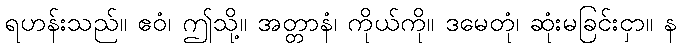
ရဟန်းသည်။ ဧဝံ၊ ဤသို့။ အတ္တာနံ၊ ကိုယ်ကို။ ဒမေတုံ၊ ဆုံးမခြင်းငှာ။ န